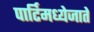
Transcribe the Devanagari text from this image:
पार्टिमध्येजाते